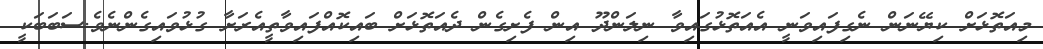
މިއަތޮޅަށް ކިޔޭނަން ނެގިފައިވަނީ އެއަތޮޅުގައިވާ ނިލަންދޫ އިން ފެށިގެން ދެއަތޮޅަށް ބައިކޮއްފައިވާތީއެރަށާ ގުޅުވައިގެންނެވެ.ސަބަބަކީ